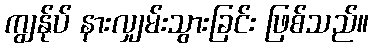
ကျွန်ုပ် နားလျှမ်းသွားခြင်း ဖြစ်သည်။